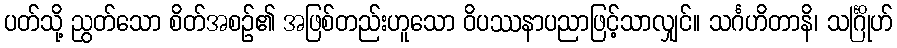
ပတ်သို့ ညွတ်သော စိတ်အစဉ်၏ အဖြစ်တည်းဟူသော ဝိပဿနာပညာဖြင့်သာလျှင်။ သင်္ဂဟိတာနိ၊ သင်္ဂြိုဟ်